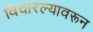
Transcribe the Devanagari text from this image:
विचारल्यावरून